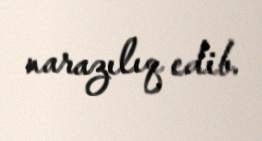
narazılıq edib.